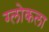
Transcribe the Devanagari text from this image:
ग्लोकला